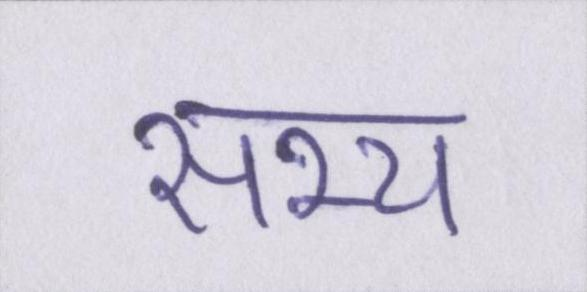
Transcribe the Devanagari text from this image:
सभ्य